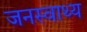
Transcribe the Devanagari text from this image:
जनस्वाथ्य